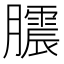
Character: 𭩒